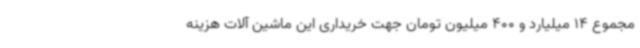
مجموع 14 میلیارد و 400 میلیون تومان جهت خریداری این ماشین آلات هزینه